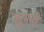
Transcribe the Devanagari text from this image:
ह्यूमनी